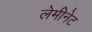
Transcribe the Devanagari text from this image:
लेमीनेट